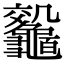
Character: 𪛀